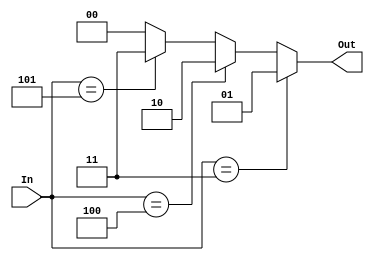
`timescale 1ns / 1ps
//////////////////////////////////////////////////////////////////////////////////
// Company: 
// Engineer: 
// 
// Design Name: 
// Module Name:    ALU_decoder 
// Project Name: 
// Target Devices: 
// Tool versions: 
// Description: 
//
// Dependencies: 
//
// Revision: 
// Revision 0.01 - File Created
// Additional Comments: 
//
//////////////////////////////////////////////////////////////////////////////////
module ALU_decoder(In,Out);
	input [2:0] In;
	output reg [1:0]  Out;
	always @(*)
	begin
		if(In==3'b011)
		begin
			Out = 2'b01;
		end
		else if(In==3'b100)
		begin
			Out = 2'b10;
		end
		else if(In==3'b101)
		begin
			Out = 2'b11;
		end
		else
		begin
			Out = 2'b00;
		end
	end

endmodule